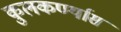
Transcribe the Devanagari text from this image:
कुलकर्ण्यास